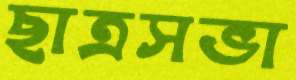
ছাত্রসভা